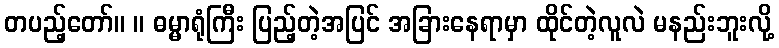
တပည့်တော်။ ။ ဓမ္မာရုံကြီး ပြည့်တဲ့အပြင် အခြားနေရာမှာ ထိုင်တဲ့လူလဲ မနည်းဘူးလို့